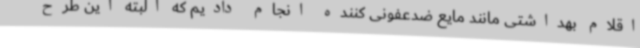
اقلام بهداشتی مانند مایع ضدعفونی کننده انجام دادیم که البته این طرح